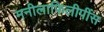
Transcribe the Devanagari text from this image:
मनीलाफिलीपींस